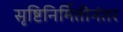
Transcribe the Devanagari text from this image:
सृष्टिनिर्मितीनंतर